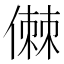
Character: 𠍷